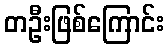
တဦးဖြစ်ကြောင်း